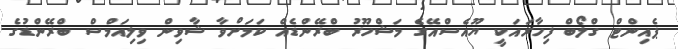
ޕެއިންޓް ގްލޯބް ފިހާރައަކީ ޔޫއެސްއޭގެ މަޝްހޫރު ބްރޭންޑެއް ކަމަށްވާ ޝާވިން ވިލިއަމްސް ބްރޭންޑުގެ